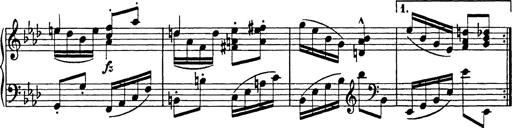
Title: 8 Variations
Composer: Franz Liszt
Key: A-flat major